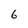
Character: 6